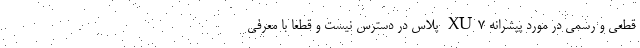
قطعی و رسمی در مورد پیشرانه XU7 پلاس در دسترس نیست و قطعا با معرفی